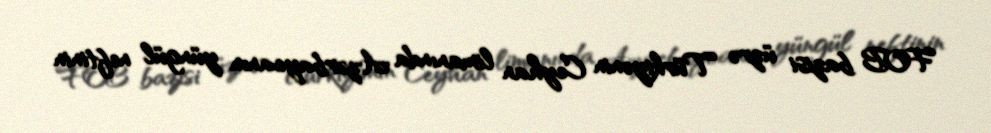
FOB bazisi üzrə Türkiyənin Ceyhan limanında Azərbaycanın yüngül neftinin